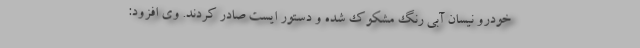
خودرو نیسان آبی رنگ مشکوک شده و دستور ایست صادر کردند. وی افزود: